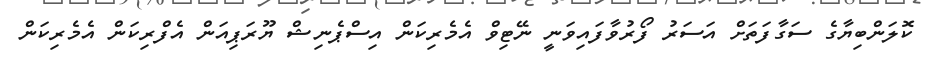
ކޮލަންބިޔާގެ ސަގާފަތަށް އަސަރު ފޯރުވާފައިވަނީ ނޭޓިވް އެމެރިކަން އިސްޕެނިޝް ޔޫރަޕިއަން އެފްރިކަން އެމެރިކަން